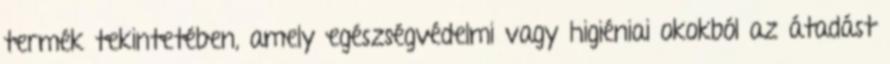
termék tekintetében, amely egészségvédelmi vagy higiéniai okokból az átadást